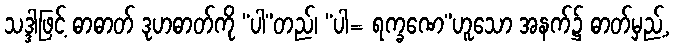
သဒ္ဒါဖြင့် ဓာဓာတ် ဒုဟဓာတ်ကို “ပါ”တည်၊ “ပါ= ရက္ခဏေ”ဟူသော အနက်၌ ဓာတ်မှည့်,